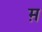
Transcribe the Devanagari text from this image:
म़